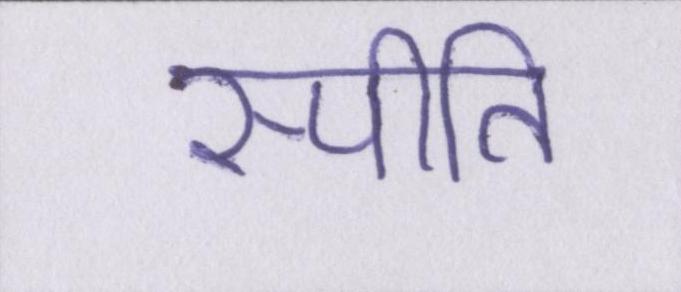
स्पीति